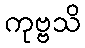
ကုဗ္ဗသိ